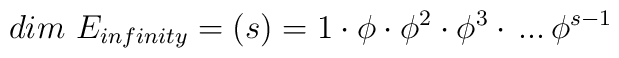
dim~E_{infinity} = (s) = 1\cdot\phi\cdot\phi^2\cdot\phi^3\cdot\,...\,\phi^{s - 1}